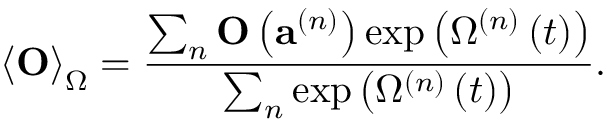
\left\langle \mathbf { O } \right\rangle _ { \Omega } = \frac { \sum _ { n } \mathbf { O } \left( \mathbf { a } ^ { \left( n \right) } \right) \exp \left( \Omega ^ { \left( n \right) } \left( t \right) \right) } { \sum _ { n } \exp \left( \Omega ^ { \left( n \right) } \left( t \right) \right) } .